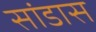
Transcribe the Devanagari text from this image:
सांडास